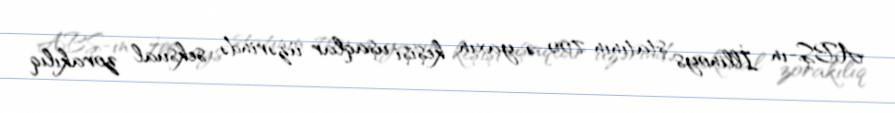
ABŞ-ın İllinoys ştatının 700-ə yaxın keşişi uşaqlar üzərində seksual zorakılıq